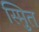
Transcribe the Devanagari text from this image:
स्मुित